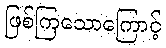
ဖြစ်ကြသောကြောင့်